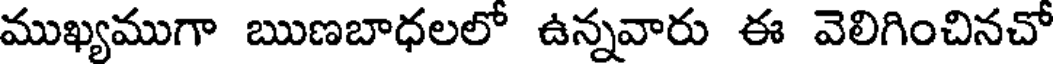
ముఖ్యముగా ఋణబాధలలో ఉన్నవారు ఈ వెలిగించినచో